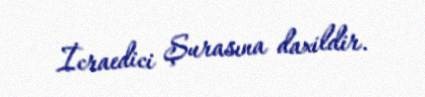
İcraedici Şurasına daxildir.